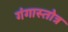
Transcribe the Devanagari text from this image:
गंगास्तोत्र